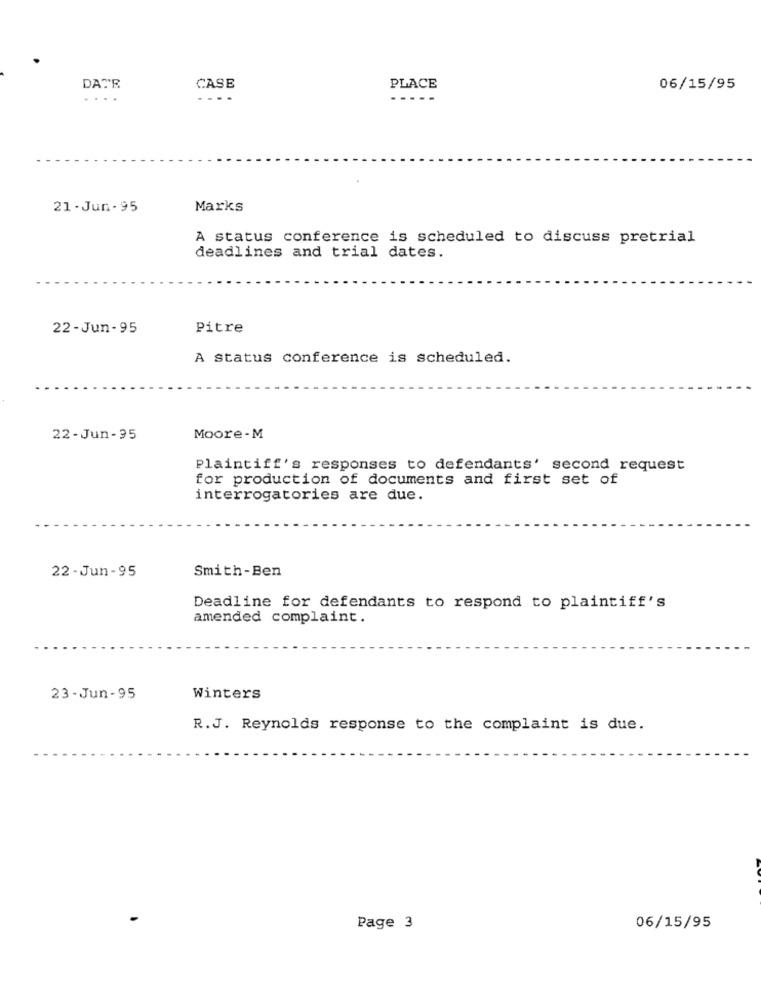
DATE
CASE
PLACE
06/15/95
....
....
21 -Jun . 95
Marks
A status conference is scheduled to discuss pretrial
deadlines and trial dates.
22-Jun- 95
Pitre
A status conference is scheduled.
22 -Jun -95
Moore-M
Plaintiff's responses to defendants' second request
for production of documents and first set of
interrogatories are due.
22 -Jun-95
Smith-Ben
Deadline for defendants to respond to plaintiff's
amended complaint.
23 - Jun -95
Winters
R.J. Reynolds response to the complaint is due.
Page 3
06/15/95